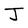
Character: J